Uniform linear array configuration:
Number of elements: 64
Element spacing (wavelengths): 1
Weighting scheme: kaiser
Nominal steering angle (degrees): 0
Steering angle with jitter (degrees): -0.3349
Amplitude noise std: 0.05
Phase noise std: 0.05

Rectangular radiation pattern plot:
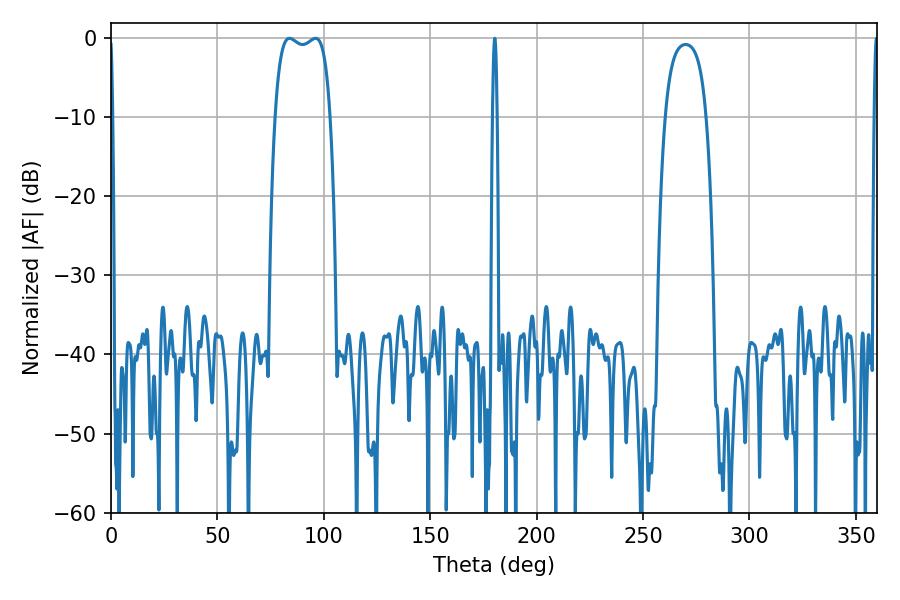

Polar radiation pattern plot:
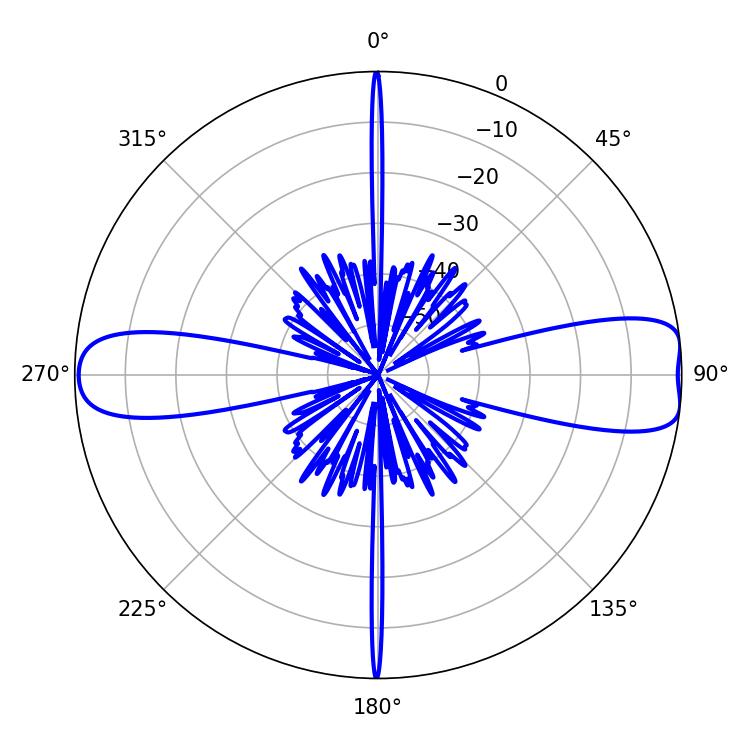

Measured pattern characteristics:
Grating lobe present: TRUE
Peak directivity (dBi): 11.088
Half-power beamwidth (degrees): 20.88
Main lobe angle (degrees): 83.88